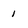
Character: 1